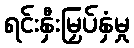
ရင်းနှီးမြှပ်နှံမှု